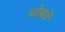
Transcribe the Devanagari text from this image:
घोळवें